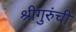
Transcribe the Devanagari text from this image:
श्रीगुरुंची